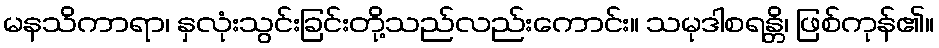
မနသိကာရာ၊ နှလုံးသွင်းခြင်းတို့သည်လည်းကောင်း။ သမုဒါစရန္တိ၊ ဖြစ်ကုန်၏။